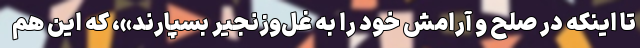
تا اینکه در صلح‌ و آرامش خود را به غل‌وزنجیر بسپارند»، که این هم